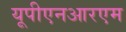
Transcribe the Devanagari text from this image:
यूपीएनआरएम